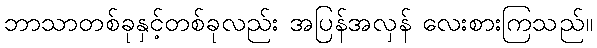
ဘာသာတစ်ခုနှင့်တစ်ခုလည်း အပြန်အလှန် လေးစားကြသည်။